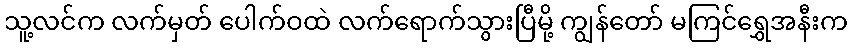
သူ့လင်က လက်မှတ် ပေါက်ဝထဲ လက်ရောက်သွားပြီမို့ ကျွန်တော် မကြင်ရွှေအနီးက